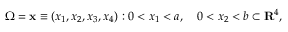
\Omega = { { \bf x } \equiv ( x _ { 1 } , x _ { 2 } , x _ { 3 } , x _ { 4 } ) : 0 < x _ { 1 } < a , \quad 0 < x _ { 2 } < b } \subset { \bf R } ^ { 4 } ,